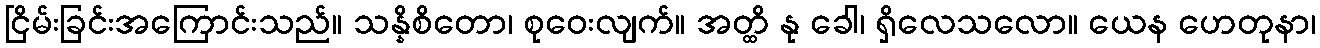
ငြိမ်းခြင်းအကြောင်းသည်။ သန္နိစိတော၊ စုဝေးလျက်။ အတ္ထိ နု ခေါ၊ ရှိလေသလော။ ယေန ဟေတုနာ၊